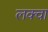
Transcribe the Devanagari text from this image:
लक्वा